Medical and sanitary report of the native army of Madras for the year
Year: 1876
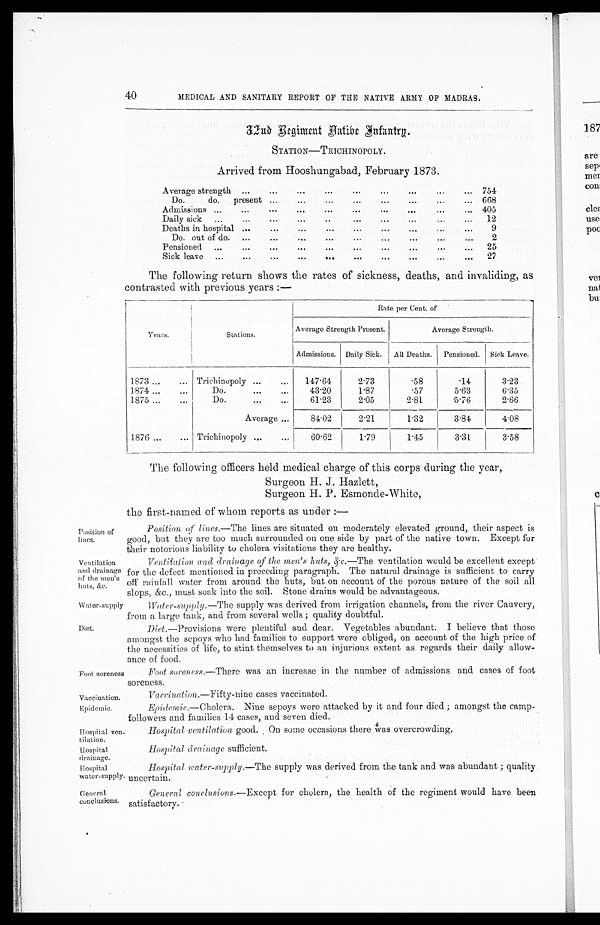
Ventilation and drainage of the men’s huts, &c. — The ventilation would be excellent except
for the defect mentioned in preceding paragraph. The natural drainage is sufficient to carry
off rainfall water from around the huts, but on account of the porous nature of the soil all
slops, &c., must soak into the soil. Stone drains would be advantageous.
water-supply
Diet. —Provisions were plentiful and dear. Vegetables abundant. I believe that those
amongst the sepoys who had families to support were obliged, on account of the high price of
the necessities of life, to stint themselves to an injurious extent as regards their daily allow-
ance of food.
Ventilation
and drainage
of the men’s
huts, &c.
Water-supply.—The supply was derived from irrigation channels, from the river Cauvery,
from a large tank, and from several wells ; quality doubtful.
Diet.
Foot soreness
Vaccination.
Epidemic.
Hospital ven-
tilation.
H ospit al
drainage.
40
MEDICAL AND SANITARY REPORT OF THE NATIVE ARMY OF MADRAS.
32nd Regiment Native I n f a n t r y .
STATION-TRICHINOPO LY.
Arrived from Hooshungabad, February 1873.
Average strength ...
...
...
...
...
...
...
...
... 754
D o .
do.
present ...
...
...
...
...
... . . .
. . . 668
Admissions ...
...
...
...
...
...
...
...
...
... 4 0 5
Daily sick ...
...
...
...
..
...
...
... . . .
. . .
12
Deaths in hospital ...
...
...
...
...
... . . . . . .
. . .
9
Do. out of do. ...
...
...
...
...
...
...
...
...
2
P ensio ned ...
...
...
...
...
...
...
...
...
...
25
Sick leave ...
... ... ...
...
. . .
27
The following return shows the rates of sickness, deaths, and invaliding, as
contrasted with previous years :—
Y ear s .
Stations.
Rate per Cent. of
Average Strength Present.
Average Strength.
Admissions. Daily Sick. All Deaths.
Pensioned. Sick Leave.
1873 ...
... Trichinopoly ...
...
147.64
2.73
.58
.14
3.23
1874 ...
...
Do.
...
...
43.20
1.87
.57
5.63
6.35
1875...
...
Do.
...
. . .
61.23
2.05
2.81
5.76
2.66
Average ...
84.02
2.21
1.32
3.84
4.08
1876 ...
... Trichinopoly ...
...
60.62
1.79
1.45
3.31
3.58
The following officers held medical charge of this corps during the year,
Surgeon H. J. Hazlett,
Surgeon H. P. Esmonde-White,
the first-named of whom reports as under :—
Position of
lines.
Position of lines. —The lines are situated on moderately elevated ground, their aspect is
good, but they are too much surrounded on one side by part of the native town. Except for
their notorious liability to cholera visitations they are healthy.
Foot soreness. —There was an increase in the number of admissions and cases of foot
soreness.
Vaccination.—Fifty-nine cases vaccinated.
Epidemic.—Cholera. Nine sepoys were attacked by it and four died; amongst the camp-
followers and families 14 cases, and seven died.
Hospital ventilation good. On some occasions there was overcrowding.
Hospital drainage sufficient.
Hospital
water-supply.
Hospital water-supply.—The supply was derived from the tank and was abundant ; quality
uncertain.
General
conclusions.
General conclusions.—Except for cholera, the health of the regiment would have been
satisfactory.